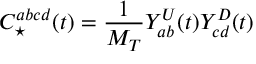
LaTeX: C _ { \star } ^ { a b c d } ( t ) = \frac { 1 } { M _ { T } } Y _ { a b } ^ { U } ( t ) Y _ { c d } ^ { D } ( t )